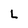
Character: L